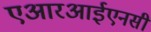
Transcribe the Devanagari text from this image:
एआरआईएनसी